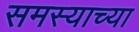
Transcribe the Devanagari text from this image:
समस्याच्या